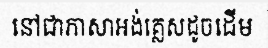
នៅជាភាសាអង់គ្លេសដូចដើម